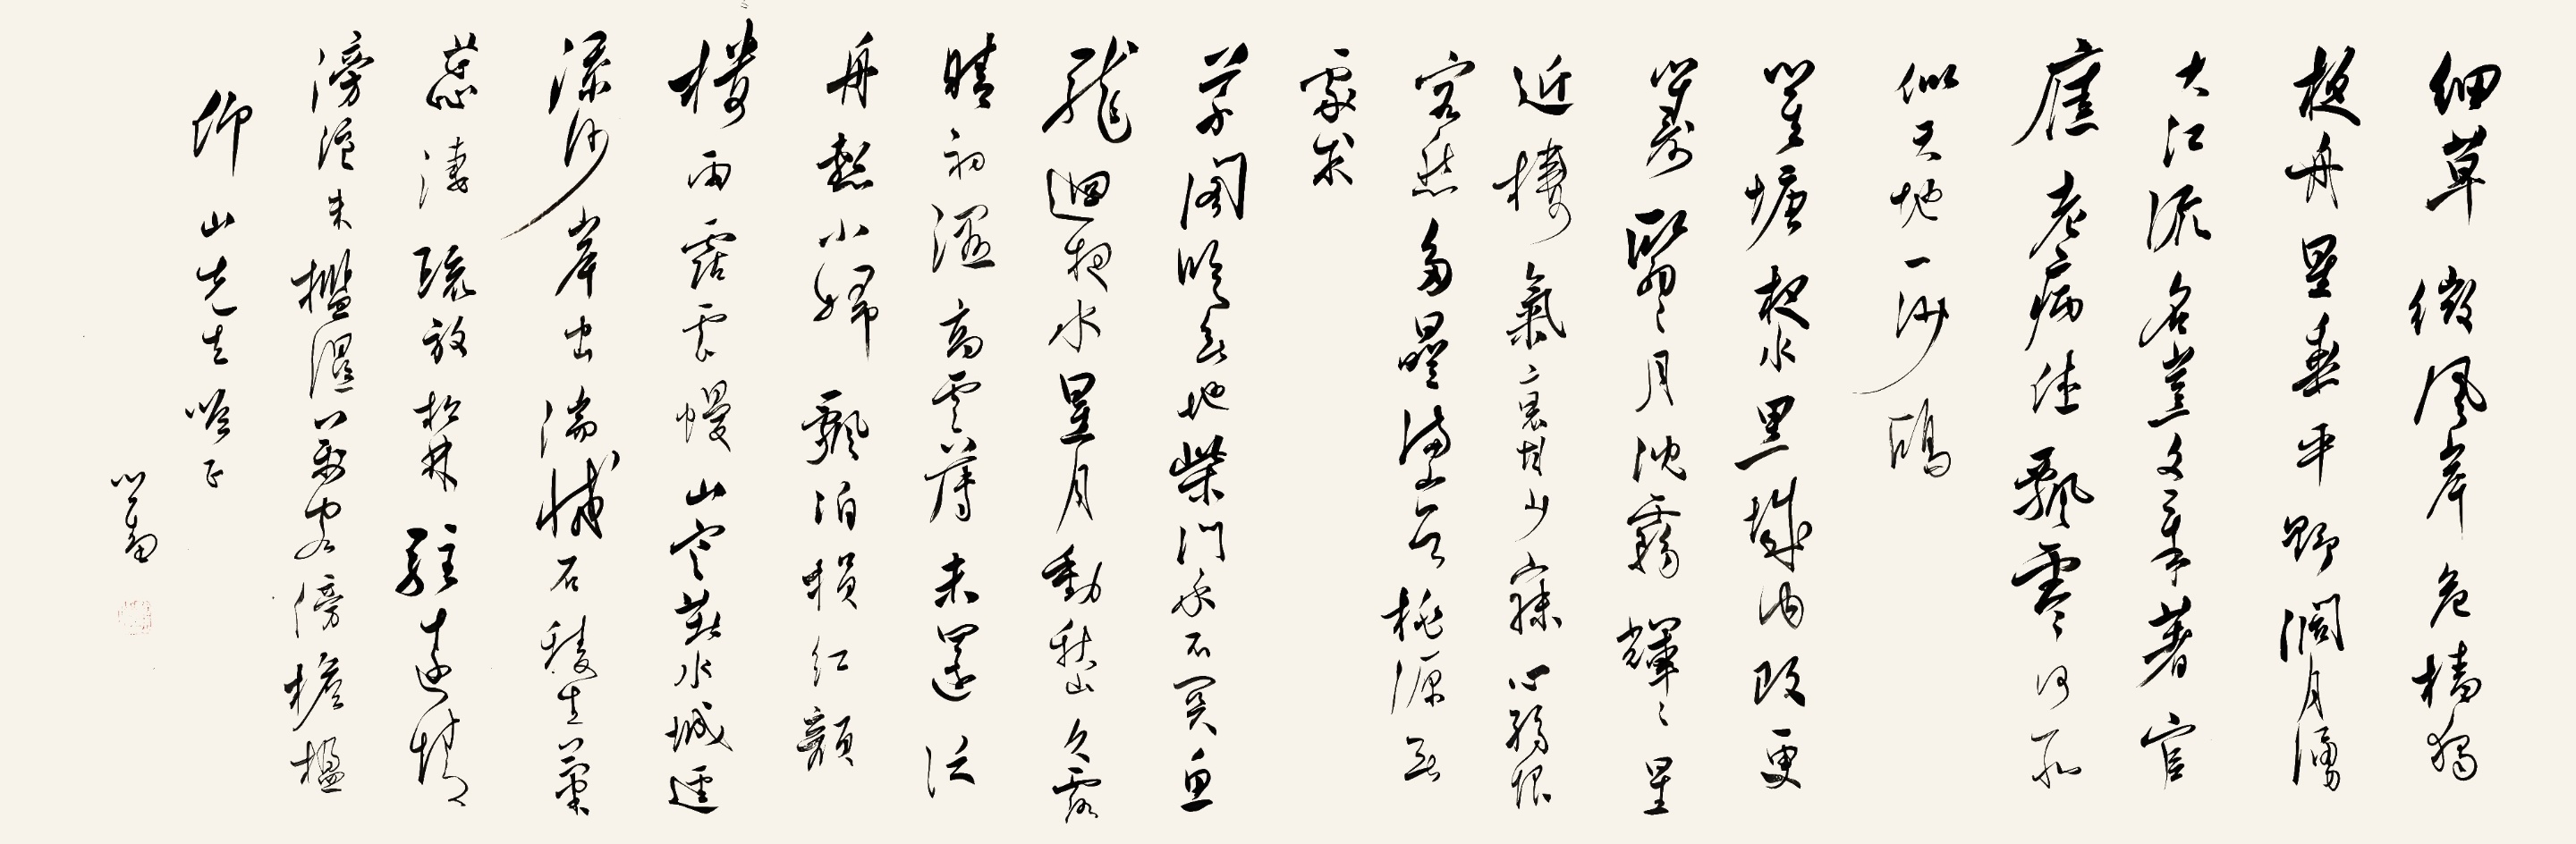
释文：细草微风岸，危樯独夜舟。星垂平野阔，月涌大江流。
名岂文章着，官应老病休。飘飘何所似，天地一沙鸥。
瞿塘夜水黑，城内改更筹。翳翳月沈雾，辉辉星近楼。
气衰甘少寐，心弱恨客愁。多垒满山谷，桃源无处求。
草阁临无地，柴扉永不关。鱼龙回夜水，星月动秋山。
久露晴初湿，高云薄未还。泛舟惭小妇，飘泊损红颜。
楼雨沾云幔，山寒着水城。径添沙岸出，湍减石棱生。
菊蕊凄疏放，松林驻远情。滂沱朱槛湿，万虑傍檐楹。仰山先生吟正，心畬。